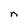
Character: n